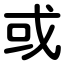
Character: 或